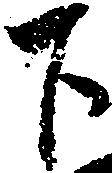
下